FBI Photo B15
Agency: FBI
Incident date: Late 2025
Incident location: Western United States
Page 1
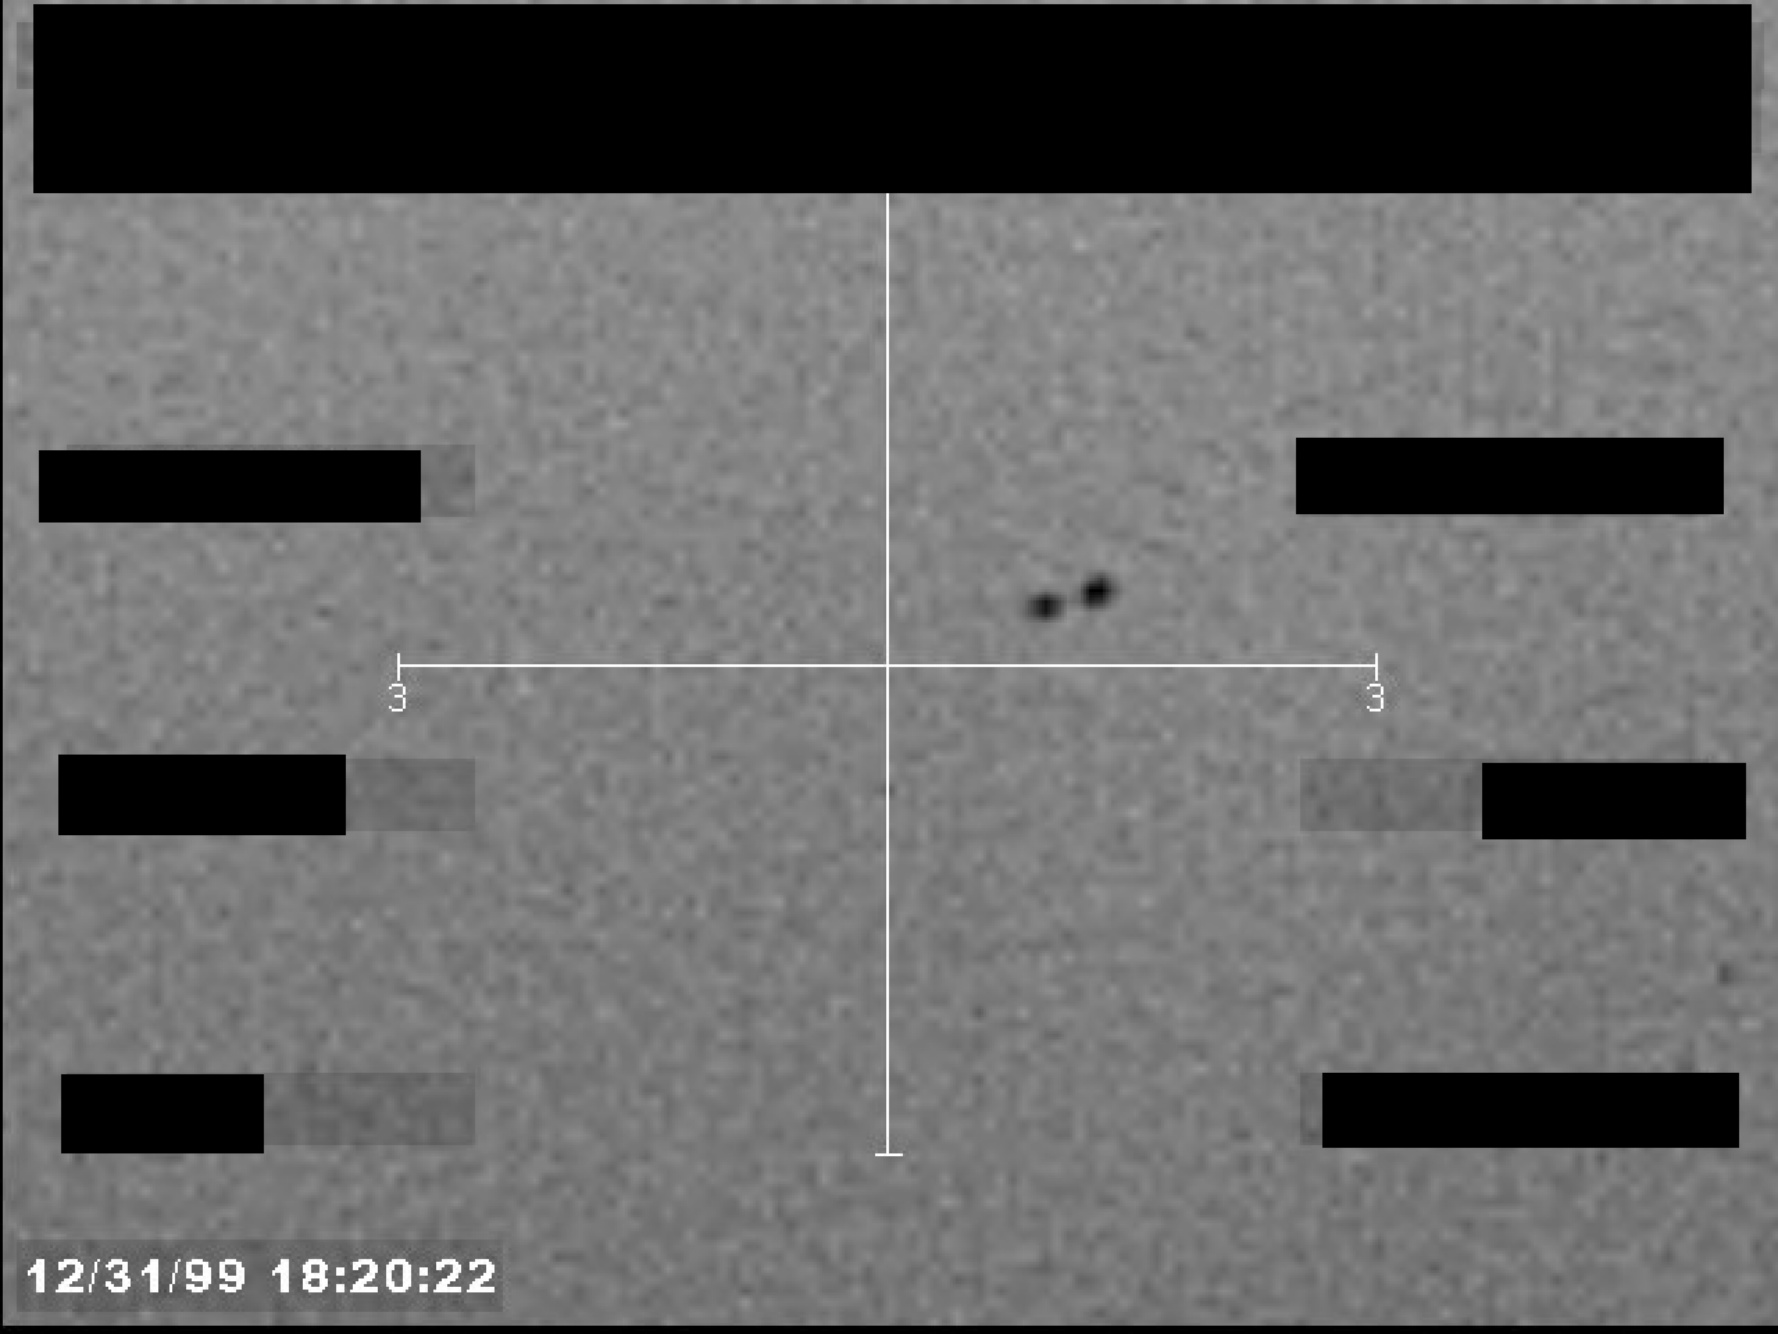